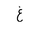
Letter: _gayn